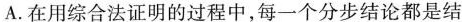
A.在用综合法证明的过程中，每一个分步结论都是结